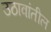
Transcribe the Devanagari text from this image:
उठावांतील